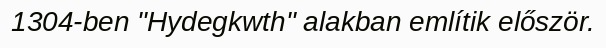
1304-ben "Hydegkwth" alakban említik először.